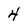
Character: 4